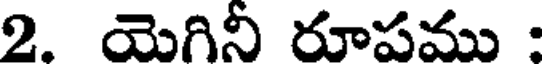
2. యెగినీ రూపము :